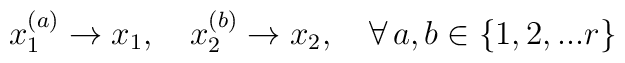
x_1^{(a)} \rightarrow x_1, \quad  x_2^{(b)} \rightarrow x_2, \quad \forall \,a,b \in \{1, 2,...r\}